Vaccination United Provinces of Agra and Oudh 1902-1913 - 1902-1913
Year: 1902
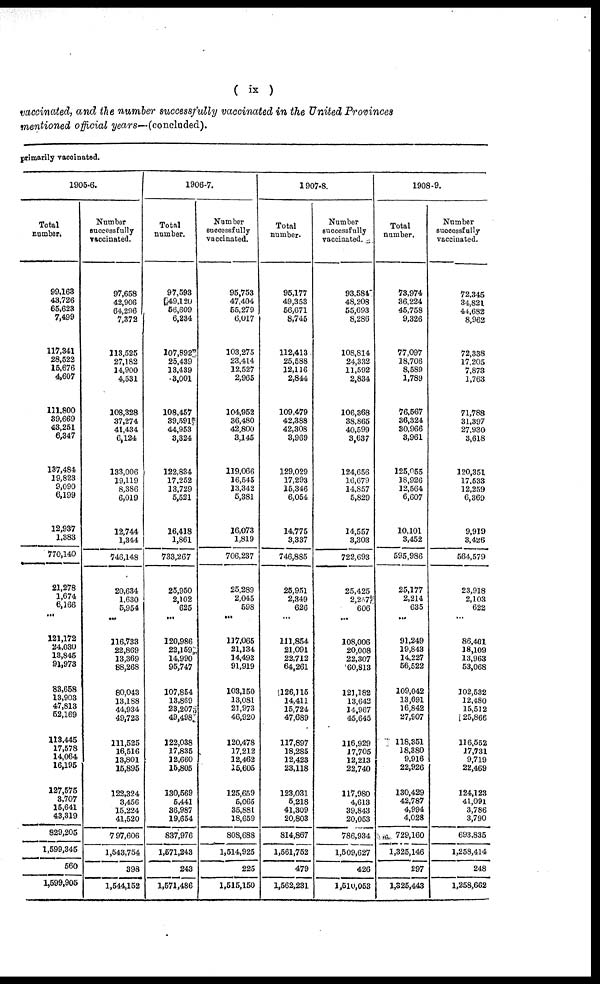
( ix )
vaccinated, and the number successfully vaccinated in the United Provinces
mentioned official years—(concluded).
primarily vaccinated.
1905-6.
Total
number.
99,163
43,726
65,623
7,499
117,341
28,522
15,676
4,607
111,800
39,669
43,251
6,347
137,484
19,823
9,090
6,199
12,937
1,383
770,140
21,278
1,674
6,166
...
121,172
24,030
13,845
91,973
83,658
13,903
47,813
52,169
113,445
17,578
14,064
16,195
127,575
3,707
15,641
43,319
829,205
1,599,345
560
1,599,905
Number
successfully
vaccinated.
97,658
42,906
64,296
7,372
113,525
27,182
14,900
4,531
108,328
37,274
41,434
6,124
133,006
19,119
8,386
6,019
12,744
1,344
746,148
20,634
1,630
5,954
...
116,733
22,869
13,369
88,268
80,043
13,188
44,934
49,723
111,525
16,516
13,801
15,895
122,324
3,456
15,224
41,520
797,606
1,543,754
398
1,544,152
1906-7.
Total
number.
97,593
49,120
56,609
6,234
107,892
25,439
13,439
3,001
108,457
39,591
44,953
3,324
122,834
17,252
13,729
5,521
16,418
1,861
733,267
25,950
2,102
625
...
120,986
22,159
14,990
95,747
107,854
13,869
23,207
49,498
122,038
17,835
12,660
15,805
130,569
5,441
36,987
19,654
837,976
1,571,243
243
1,571,486
Number
successfully
vaccinated.
95,753
47,404
55,279
6,017
103,275
23,414
12,527
2,965
104,952
36,480
42,800
3,145
119,066
16,545
13,342
5,381
16,073
1,819
706,237
25,289
2,045
598
...
117,065
21,134
14,493
91,919
103,150
13,081
21,973
46,920
120,478
17,212
12,462
15,605
125,659
5,065
35,881
18,659
808,688
1,514,925
225
1,515,150
1907-8.
Total
number.
95,177
49,353
56,671
8,745
112,413
25,588
12,116
2,844
109,479
42,388
42,308
3,969
129,029
17,293
15,346
6,054
14,775
3,337
746,885
25,951
2,349
626
...
111,854
21,091
22,712
64,261
126,115
14,411
15,724
47,689
117,897
18,285
12,423
23,118
123,031
5,218
41,309
20,803
814,867
1,561,752
479
1,562,231
Number
successfully
vaccinated.
93,584
48,208
55,693
8,286
108,814
24,332
11,592
2,834
106,368
38,865
40,599
3,637
124,656
16,679
14,857
5,829
14,557
3,303
722,693
25,425
2,257
606
...
108,006
20,008
22,307
60,813
121,182
13,642
14,967
45,645
116,929
17,705
12,213
22,740
117,980
4,613
39,843
20,053
786,934
1,509,627
426
1,510,053
1908-9.
Total
number.
73,974
36,224
45,758
9,326
77,097
18,706
8,589
1,789
76,567
36,324
30,966
3,961
125,055
18,926
12,564
6,607
10,101
3,452
595,986
25,177
2,214
635
...
91,249
19,843
14,227
56,522
109,042
13,691
16,842
27,907
118,351
18,380
9,916
22,926
130,429
42,787
4,994
4,028
729,160
1,325,146
297
1,325,443
Number
successfully
vaccinated.
72,345
34,821
44,682
8,962
72,338
17,205
7,873
1,763
71,788
31,397
27,930
3,618
120,351
17,533
12,259
6,369
9,919
3,426
564,579
23,918
2,103
622
...
86,401
18,109
13,963
53,068
102,532
12,480
15,512
25,866
116,552
17,731
9,719
22,469
124,123
41,091
3,786
3,790
693,835
1,258,414
248
1,258,662